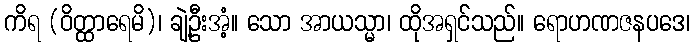
ကိရ (ဝိတ္ထာရေမိ)၊ ချဲ့ဦးအံ့။ သော အာယသ္မာ၊ ထိုအရှင်သည်။ ရောဟဏဇနပဒေ၊